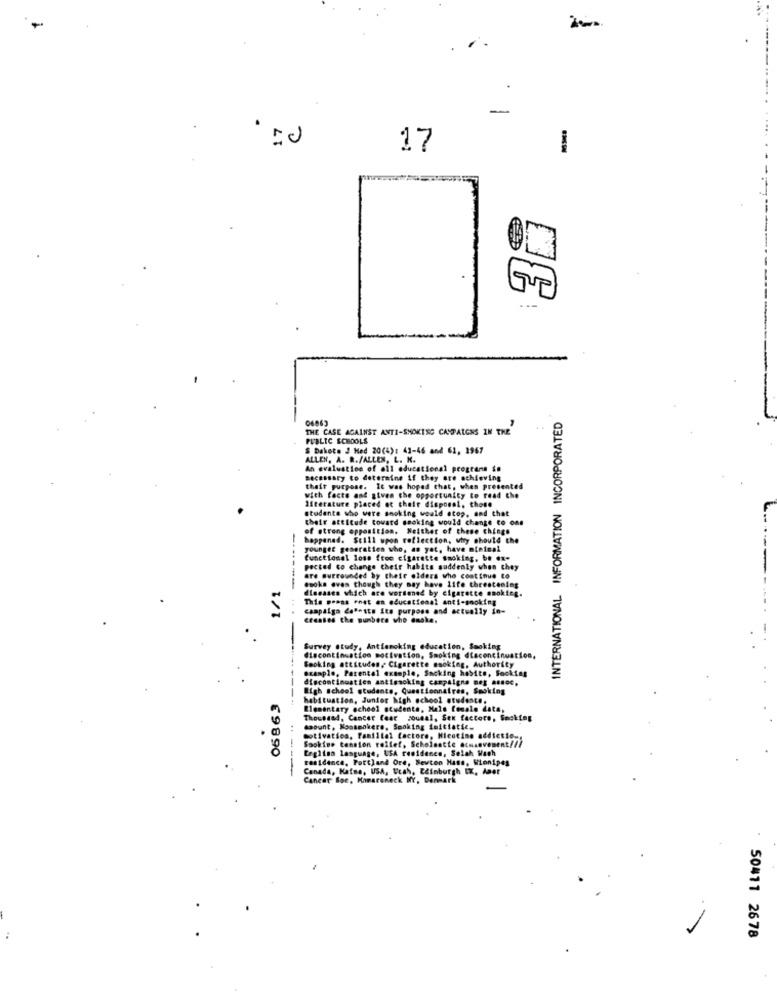
17
SUP
---
INTERNATIONAL INFORMATION INCORPORATED
THE CASE AGAINST ANTI-SHORTSC CAMPAIGNS IN THE
PUBLIC SCHOOLS
S Dakota 2 Hed 20(4): 41-46 and 61, 1967
ALLEN. A. R./ALLES, L. K.
An evaluation of all educational programs to
necessary to determine if they are achieving
their purpose. It was hoped that, when presented
with facts and given the opportunity to read che
students who were smoking would stop, and that
literature placed ot chair disponel, those
their attitude toward smoking would change to one
of strong opposition. Neither of these chings
happened. Still upon reflection, why should the
younger generation who, as yet, have minimal
functional loss free cigarette smoking, be ex-
pected to change their habits suddenly when they
are surrounded by their olders who continue to
-----
@soka aves though they may have life threatening
diseases which are wordened by cigarette smoking.
This gross enat an educational anti-smoking
campaign dotests Its purpose and actually in-
Created the punbers who encke.
Survey study, Antiamoking education, Smoking
discontinuation motivation, Smoking discontinuation,
Booking attitudes, Cigarette esoking, Authority
example, Parental exemple, Sacking habite, Focking
discontinuatien antissoking campaigns meg assoc,
High school students, Questionnaires, Smoking
habitustion, Junior high school students.
--
Elementary school studente, Male female data,
Thousand, Cancer fear jounal, Sex factors, Smoking
amount, Kossmokers, Smoking faitfatie.
motivation, Paniital factore, Mentine addictie
Leglino language, USA residence, Selah Wash
Sookieo tension rollef, Scholsatte atssevenent///
£ 9 8 90
tesidence, Portland Ore, Sevton Hans, Winnipes
---
Canada, Kafse, USA, Utah, Edinburgh IK, Amor
Canear Soc, Mamaroneck NY, Denmark
50411 2678